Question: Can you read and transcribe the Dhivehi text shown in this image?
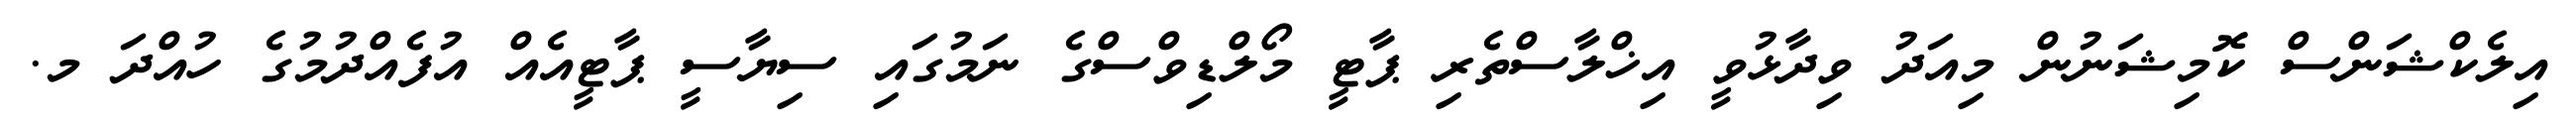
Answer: އިލެކްޝަންސް ކޮމިޝަނުން މިއަދު ވިދާޅުވީ އިޚްލާސްތެރި ޕާޓީ މޯލްޑިވްސްގެ ނަމުގައި ސިޔާސީ ޕާޓީއެއް އުފެއްދުމުގެ ހުއްދަ މ.